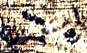
استعدنا